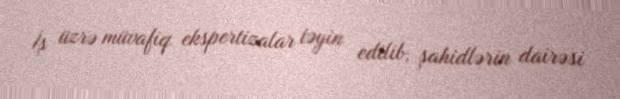
İş üzrə müvafiq ekspertizalar təyin edilib, şahidlərin dairəsi